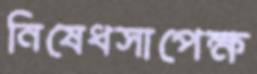
নিষেধসাপেক্ষ